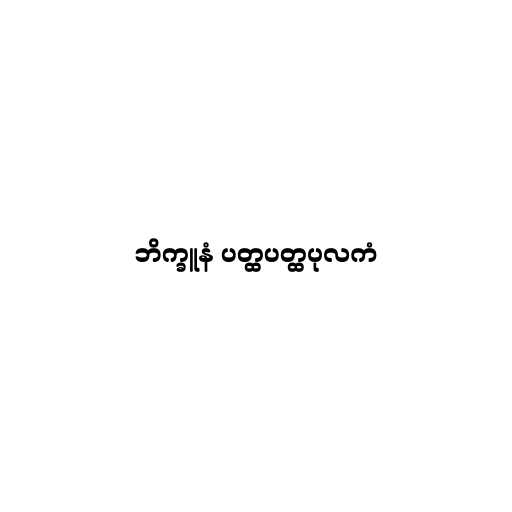
ဘိက္ခူနံ ပတ္ထပတ္ထပုလကံ